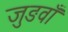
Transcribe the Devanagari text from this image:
जुङवाँ